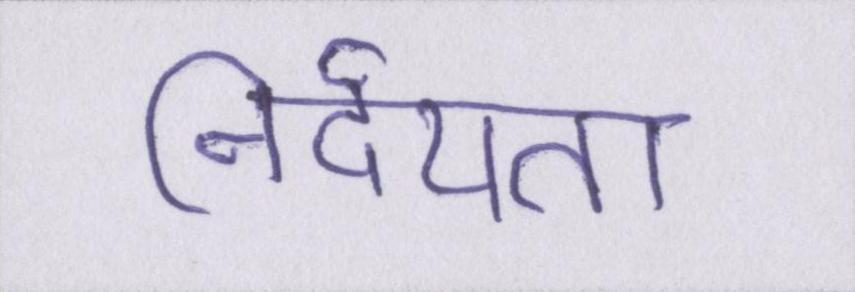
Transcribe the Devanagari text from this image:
निर्दयता